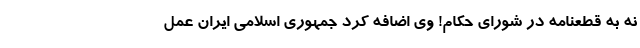
نه به قطعنامه در شورای حکام! وی اضافه کرد جمهوری اسلامی ایران عمل